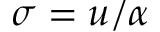
\sigma = u / \alpha